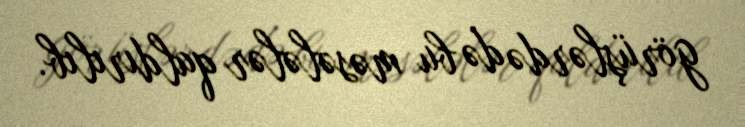
görüşlərdə də bu məsələlər qaldırılıb.